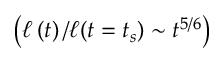
\left( \ell \left( t \right) / \ell ( t = t _ { s } ) \sim t ^ { 5 / 6 } \right)